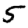
Digit: 5